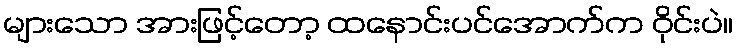
များသော အားဖြင့်တော့ ထနောင်းပင်အောက်က ဝိုင်းပဲ။